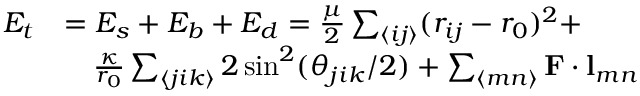
\begin{array} { r l } { E _ { t } } & { = E _ { s } + E _ { b } + E _ { d } = \frac { \mu } { 2 } \sum _ { \langle i j \rangle } ( r _ { i j } - r _ { 0 } ) ^ { 2 } + } \\ & { \quad \frac { \kappa } { r _ { 0 } } \sum _ { \langle j i k \rangle } { 2 \sin ^ { 2 } ( \theta _ { j i k } / 2 ) } + \sum _ { \langle m n \rangle } \mathbf { F } \cdot \mathbf { l } _ { m n } } \end{array}